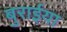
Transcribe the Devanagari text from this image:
बुरार्इया